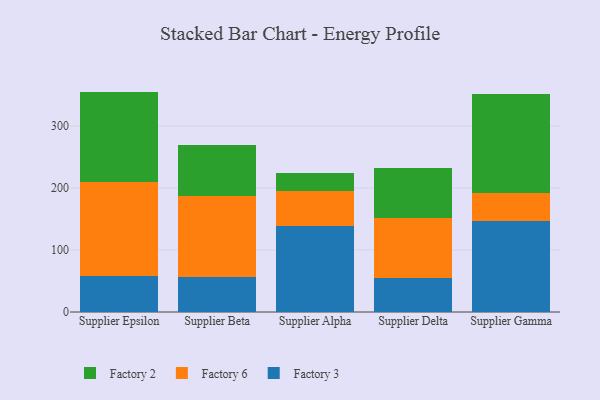
{"axis": {"x": "Supplier", "y": "Operating Costs (USD K)"}, "legend": ["Factory 2", "Factory 3", "Factory 6"], "data": [{"x": "Supplier Epsilon", "y": 58.0, "type": "Factory 3"}, {"x": "Supplier Epsilon", "y": 152.3, "type": "Factory 6"}, {"x": "Supplier Epsilon", "y": 145.1, "type": "Factory 2"}, {"x": "Supplier Beta", "y": 56.1, "type": "Factory 3"}, {"x": "Supplier Beta", "y": 130.3, "type": "Factory 6"}, {"x": "Supplier Beta", "y": 82.8, "type": "Factory 2"}, {"x": "Supplier Alpha", "y": 138.2, "type": "Factory 3"}, {"x": "Supplier Alpha", "y": 57.4, "type": "Factory 6"}, {"x": "Supplier Alpha", "y": 28.2, "type": "Factory 2"}, {"x": "Supplier Delta", "y": 54.5, "type": "Factory 3"}, {"x": "Supplier Delta", "y": 97.1, "type": "Factory 6"}, {"x": "Supplier Delta", "y": 81.1, "type": "Factory 2"}, {"x": "Supplier Gamma", "y": 146.7, "type": "Factory 3"}, {"x": "Supplier Gamma", "y": 44.8, "type": "Factory 6"}, {"x": "Supplier Gamma", "y": 160.7, "type": "Factory 2"}]}